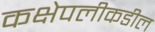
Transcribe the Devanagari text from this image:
कक्षेपलीकडील